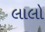
લાલો